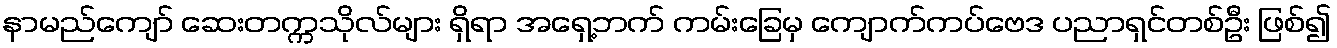
နာမည်ကျော် ဆေးတက္ကသိုလ်များ ရှိရာ အရှေ့ဘက် ကမ်းခြေမှ ကျောက်ကပ်ဗေဒ ပညာရှင်တစ်ဦး ဖြစ်၍